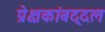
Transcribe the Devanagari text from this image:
प्रेक्षकांबद्दल